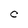
Character: C